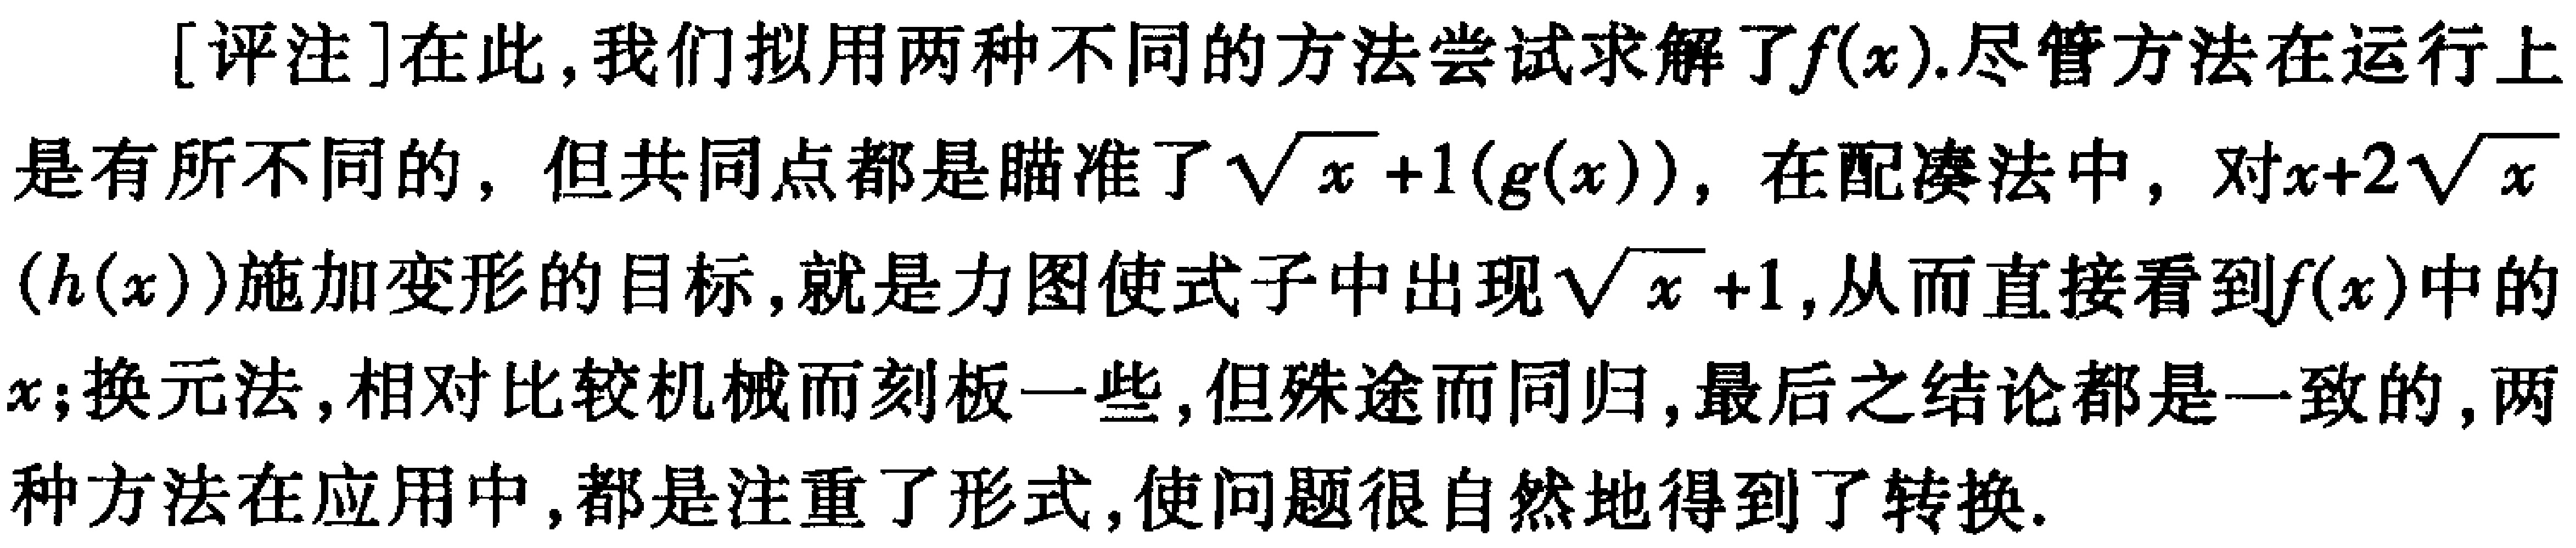
[评注]在此，我们拟用两种不同的方法尝试求解了\(f(x)\).尽管方法在运行上是有所不同的，但共同点都是瞄准了\(\sqrt{x}+1(g(x))\)，在配凑法中，对\(x + 2\sqrt{x}(h(x))\)施加变形的目标，就是力图使式子中出现\(\sqrt{x}+1\)，从而直接看到\(f(x)\)中的\(x\);换元法，相对比较机械而刻板一些，但殊途而同归，最后之结论都是一致的，两种方法在应用中，都是注重了形式，使问题很自然地得到了转换.